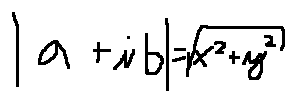
| a + i b | = \sqrt { x ^ { 2 } + y ^ { 2 } }